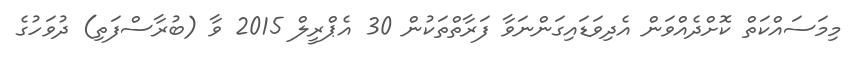
މިމަސައްކަތް ކޮށްދެއްވަން އެދިވަޑައިގަންނަވާ ފަރާތްތަކުން 30 އެޕްރީލް 2015 ވާ (ބުރާސްފަތި) ދުވަހުގެ